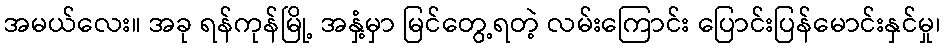
အမယ်လေး။ အခု ရန်ကုန်မြို့ အနှံ့မှာ မြင်တွေ့ရတဲ့ လမ်းကြောင်း ပြောင်းပြန်မောင်းနှင်မှု၊